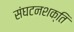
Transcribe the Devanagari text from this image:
संघटनशक्ति